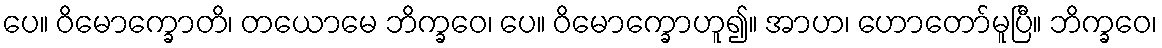
ပေ။ ဝိမောက္ခောတိ၊ တယောမေ ဘိက္ခဝေ၊ ပေ။ ဝိမောက္ခောဟူ၍။ အာဟ၊ ဟောတော်မူပြီ။ ဘိက္ခဝေ၊